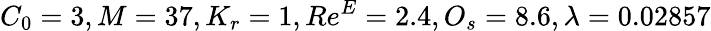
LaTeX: C_{0}=3,M=37,K_{r}=1,Re^{E}=2.4,O_{s}=8.6,\lambda=0.02857